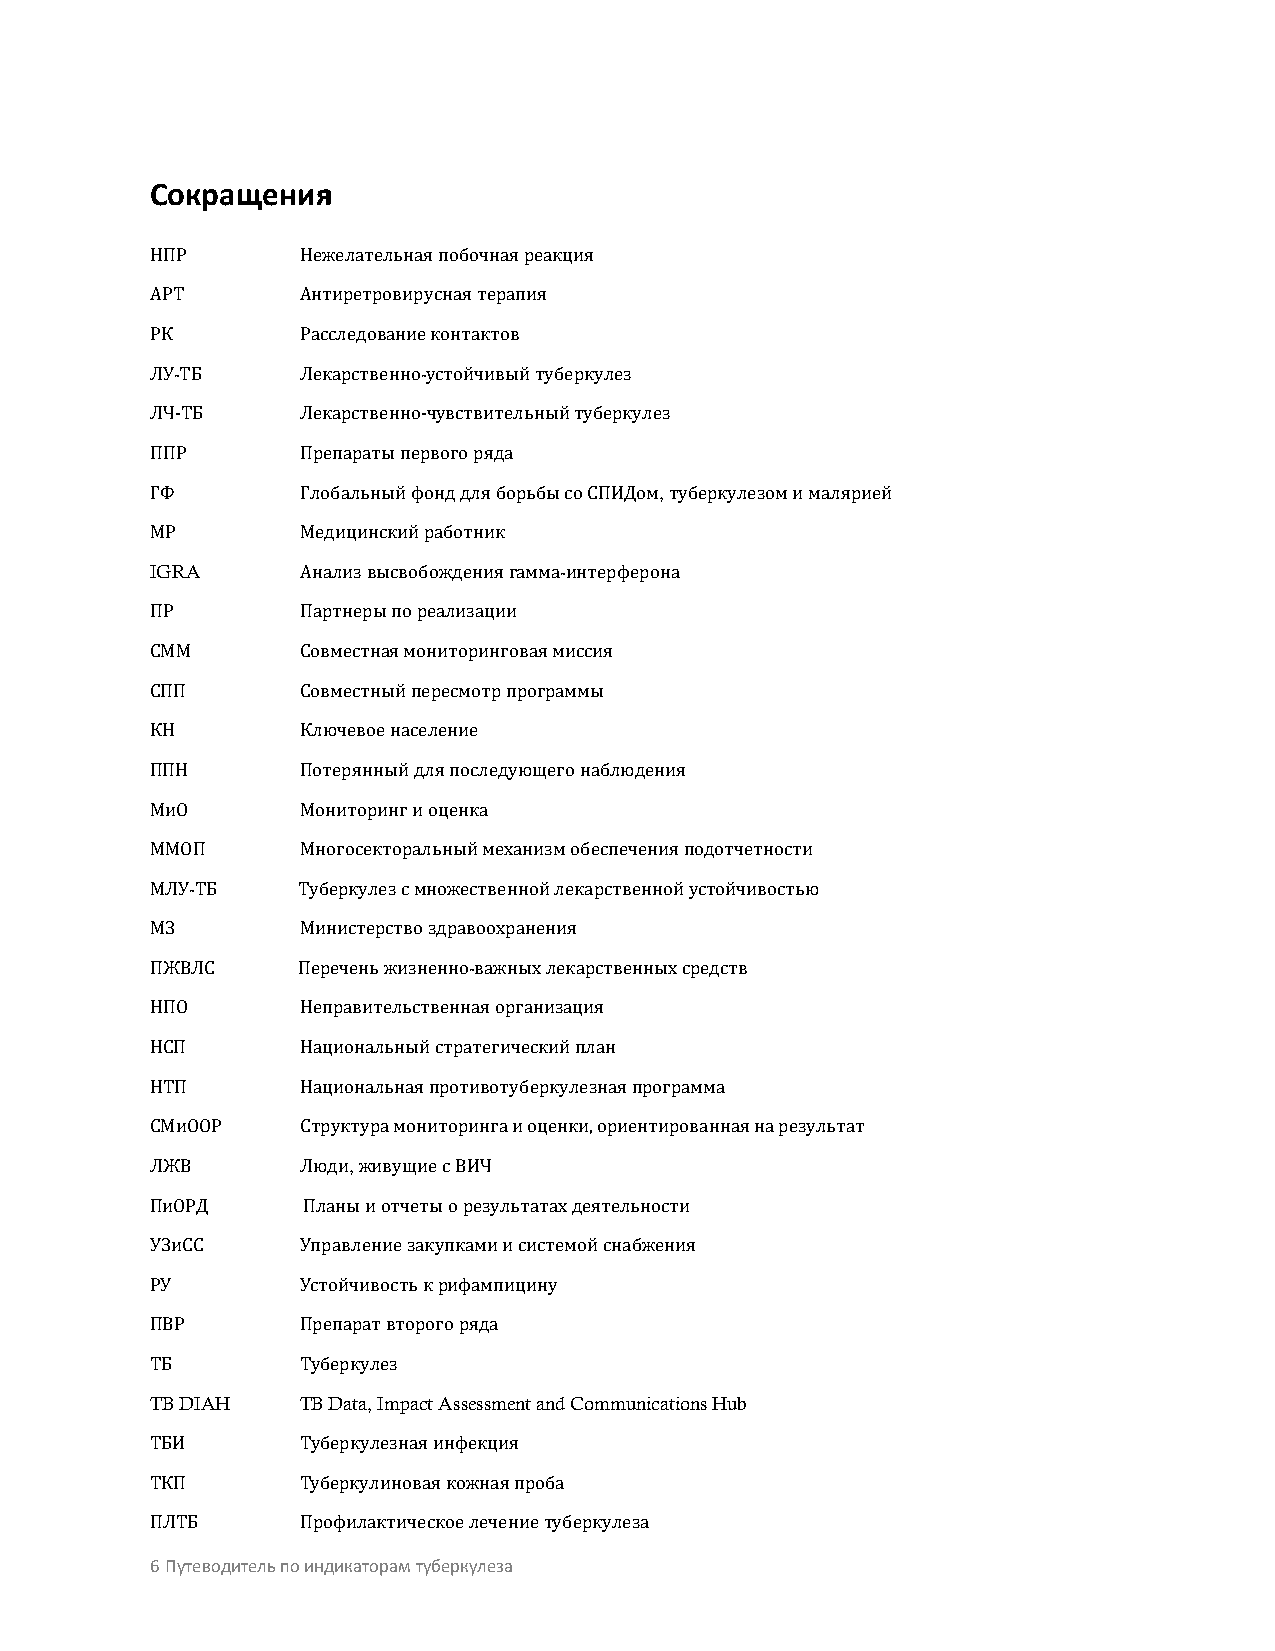
Сокращения
 НПР       Нежелательнаяпобо чнаяреа кция
 АРТ       Антиретровируснаятерап ия
 РК-       Расследование- контактов
 ЛУТБ      Лекарственноустойчивыйтуберкулез
 ЛЧ-T Б    Лекарствен но-чувст вите льный туберкулез
 ПП Р      Препаратып ервог оря да ,
 ГФ        Глобальныйф онддляб орьбысоСПИДом туберкулезомималярией
 МIGРRA    Медици нскийработник -
 Анализвы сво божденияга ммаинтерферона
 ПР        Партнерыпореализации
 СММ       Совместная м ониторинг овая миссия
 СПП       Совместны йпересмо т рпрограммы
 КН        Ключевоена селе ние
 ППН       Потерянный д ляпосл едующегонаблюдения
 МиО       Мониторингиоценк а
 ММО-П     Многосекто р альныймеханиз мобеспеченияп одотчетности
 МЛ УТБ    Туберкулезсм ножественнойлек арственнойустойчивостью
 МЗ        Министер ствоздрав-оохране ния
 ПЖВ ЛС    Переченьжизненнова жныхлекарст венных средств
 НПО       Неправительств еннаяорганиза ция
 НСП       Национальный стратегическийплан
 НТП       Национальнаяпротивотуберкулезнаяпрограмма
 СМиО ОР   Струк,т ура мони то ринг а и оценки, ориентированная на результат
 ЛЖВ       Люди ж и вущиес В ИЧ
 ПиОРД     Планыиотч етыорезу ль татахдея тельности
 УЗи СС    Управлениеза к упкамиисисте мойснабжения
 РУ        Устойчиво стькри фамп ицину
 ПВ Р      Препаратвт орогоряда
 ТTБB DIAH TТуBб Dерaкtaу,л Iеmзpact Assessment and Communications Hub
 ТБИ       Туберкулезнаяи нфекция
 ТКП       Туберкулиноваяко жнаяпро ба
 6П ЛПТутБеводитель по Пирнодфикиалтаокртаимч теусбкеорекуллеечзеан иетуберкулеза